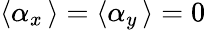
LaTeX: \left\langle\alpha_{x}\, \right\rangle=\left\langle\alpha_{y}\, \right\rangle=0